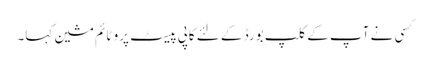
کسی نے آپ کے کلپ بورڈ کے لئے کاپی پیسٹ پرو ٹائم مشین کہا۔